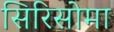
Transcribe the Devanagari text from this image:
सिरिसोमा